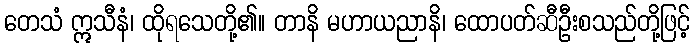
တေသံ ဣသီနံ၊ ထိုရသေတို့၏။ တာနိ မဟာယညာနိ၊ ထောပတ်ဆီဦးစသည်တို့ဖြင့်